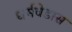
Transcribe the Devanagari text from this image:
धर्मवेडास